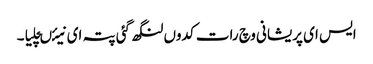
ایس ای پریشانی وچ رات کدوں لنگھ گئی پتہ ای نیئںچلیا۔